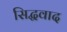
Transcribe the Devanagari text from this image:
सिद्धवाद